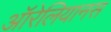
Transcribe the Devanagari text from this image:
ऑरेलियानस